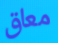
معاق